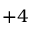
+ 4